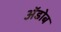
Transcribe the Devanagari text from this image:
अॅडोब